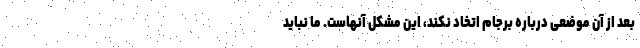
بعد از آن موضعی درباره برجام اتخاد نکند، این مشکل آنهاست. ما نباید